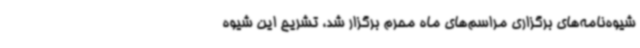
شیوه‌نامه‌های برگزاری مراسم‌های ماه محرم برگزار شد، تشریح این شیوه